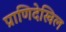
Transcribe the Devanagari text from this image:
प्राणिदेखिल